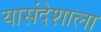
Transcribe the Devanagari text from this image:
यासंदेशाला